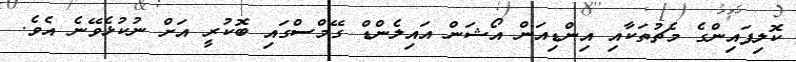
ކޮލިފައިންގެ މެޗުތަކާއި އިންޑިއަން އޯޝަން އައިލެންޑް ގޭމްސްގައި ބޮކުރީ އަށް ނުކުޅެވޭނެ އެވެ.